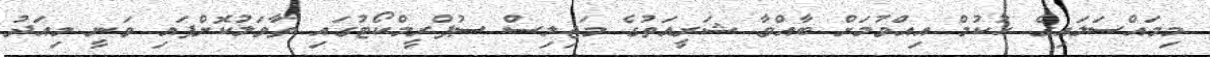
މިމައްސަލައިގެ ހުކުމް އިއްވުމަށް ބާާއްވާ ޝަރީއަތުގެ މަޖިލިސް ސުޕްރީމްކޯޓުގައި ތާވަލުކޮށްފައި ވަނީ މިއަދު